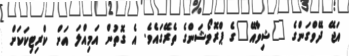
އަޖޭ ދޭވްގަންގެ "ޝިވާއޭ"ގެ ޕްރޮމޯޝަންގެ ތެރޭގައެވެ. އެ ގޮތުން އަމިއްލަ އަށް ކްރިޓިކަކަށް